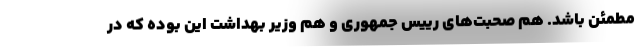
مطمئن باشد. هم صحبت‌های رییس جمهوری و هم وزیر بهداشت این بوده که در